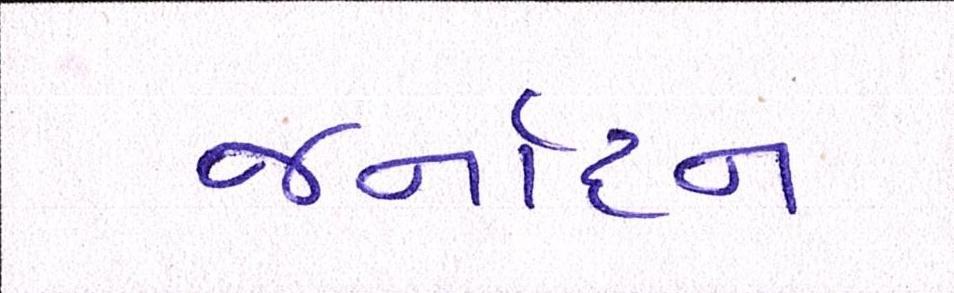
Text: જર્નાદન